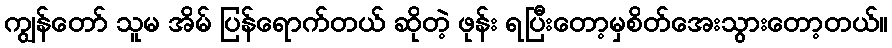
ကျွန်တော် သူမ အိမ် ပြန်ရောက်တယ် ဆိုတဲ့ ဖုန်း ရပြီးတော့မှစိတ်အေးသွားတော့တယ်။